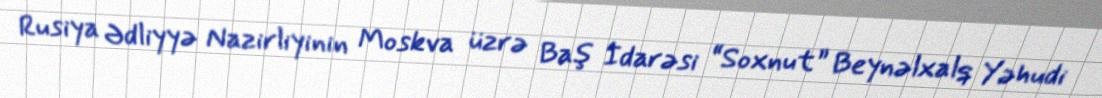
Rusiya Ədliyyə Nazirliyinin Moskva üzrə Baş İdarəsi “Soxnut” Beynəlxalq Yəhudi